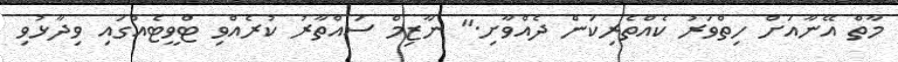
މާތް އޭނާއަށް ހިތްވަރު ކެއްތެރިކަން ދެއްވާށި." ނާޒިމް ސައްތާރު ކުރެއްވި ޓްވީޓެއްގައި ވިދާޅުވި